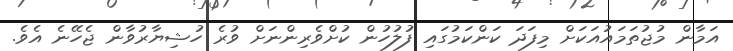
އަމާން މުޖުތަމައުއަކަށް މިފަދަ ކަންކަމުގައި ފުލުހުން ކުށްވެރިންނަށް ވުރެ ހުޝިޔާރުވާން ޖެހޭނެ އެވެ.